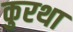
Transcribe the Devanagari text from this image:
कुरथा